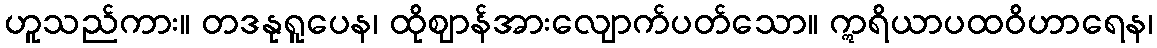
ဟူသည်ကား။ တဒနုရူပေန၊ ထိုဈာန်အားလျောက်ပတ်သော။ ဣရိယာပထဝိဟာရေန၊